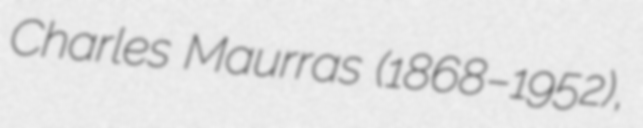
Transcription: Charles Maurras (1868–1952),